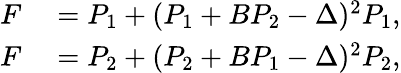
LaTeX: \begin{array}{rl}{F}&{{}=P_{1}+(P_{1}+BP_{2}-\Delta)^{2}P_{1},}\\ {F}&{{}=P_{2}+(P_{2}+BP_{1}-\Delta)^{2}P_{2},}\end{array}